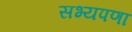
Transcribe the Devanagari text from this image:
सभ्यपणा